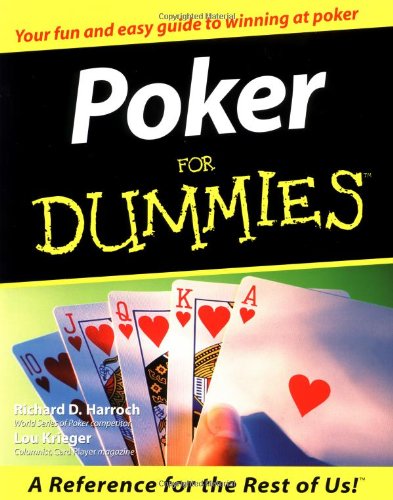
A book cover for Poker For Dummies; Richard D. Harroch; Humor & Entertainment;